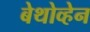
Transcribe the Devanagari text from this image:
बेथोव्हेन